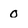
Character: 0